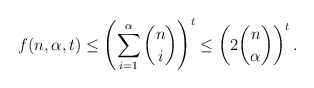
\begin{align*} f(n,\alpha,t)\leq \left(\sum_{i=1}^\alpha \binom{n}{i}\right)^t\leq \left(2\binom{n}{\alpha}\right)^{t}.\end{align*}